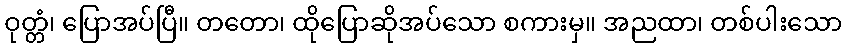
ဝုတ္တံ၊ ပြောအပ်ပြီ။ တတော၊ ထိုပြောဆိုအပ်သော စကားမှ။ အညထာ၊ တစ်ပါးသော